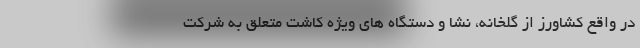
در واقع کشاورز از گلخانه، نشا و دستگاه های ویژه کاشت متعلق به شرکت